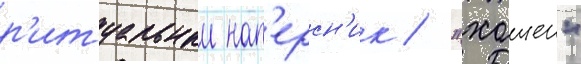
р'итуальныи нап'ерсн'ик / "хошен"